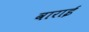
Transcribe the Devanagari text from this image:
वाराई